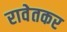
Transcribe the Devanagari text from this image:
रावेतकर